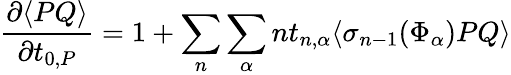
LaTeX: \frac{\partial\langle PQ\rangle}{\partial t_{0,P}}=1+\sum_{n}\sum_{\alpha}nt_{n,\alpha}\langle\sigma_{n-1}(\Phi_{\alpha})PQ\rangle